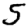
Digit: 5